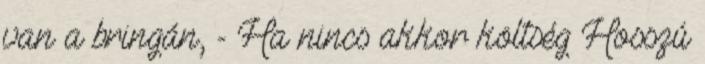
van a bringán, - Ha nincs akkor költség Hosszú